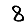
Digit: 8